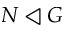
N \triangleleft G